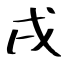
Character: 戌